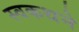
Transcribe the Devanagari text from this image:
स्वकथने